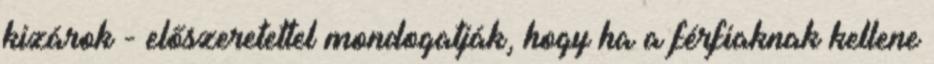
kizárok - előszeretettel mondogatják, hogy ha a férfiaknak kellene